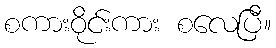
စကားဝိုင်းကား စလေပြီ။